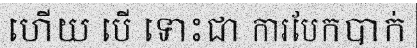
ហើយ បើ ទោះជា ការបែកបាក់